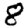
Digit: 8